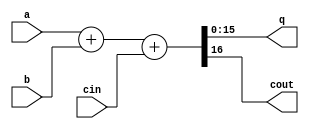
module addcincout(
	input [15:0] a,
	input [15:0] b,
	input cin,
	output [15:0] q,
	output cout
);

assign {cout,q} = {a}+{b}+cin;

endmodule